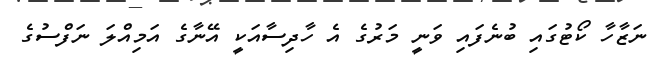
ނަޒާހާ ކޯޓުގައި ބުނެފައި ވަނީ މަރުގެ އެ ހާދިސާއަކީ އޭނާގެ އަމިއްލަ ނަފްސުގެ